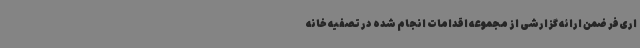
اری‌فر ضمن ارائه گزارشی از مجموعه اقدامات انجام شده در تصفیه خانه